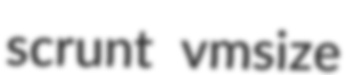
scrunt vmsize